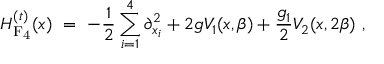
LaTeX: { \cal H } _ { \mathrm { F _ { 4 } } } ^ { ( t ) } ( x ) \ = \ - \frac { 1 } { 2 } \sum _ { i = 1 } ^ { 4 } \partial _ { x _ { i } } ^ { 2 } + 2 g V _ { 1 } ( x , \beta ) + \frac { g _ { 1 } } { 2 } V _ { 2 } ( x , 2 \beta ) \ ,